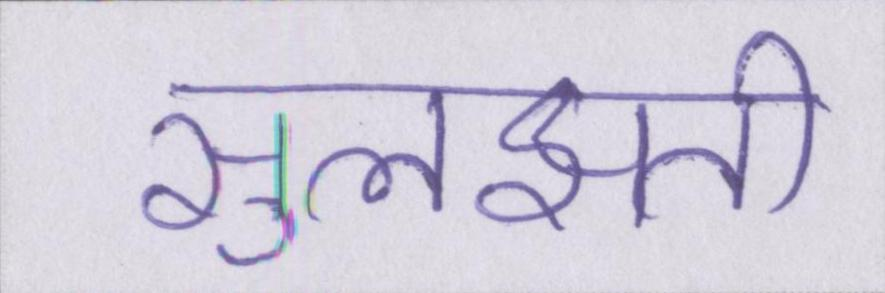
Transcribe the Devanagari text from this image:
सुलझती